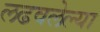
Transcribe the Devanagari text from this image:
लढवलेल्या